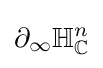
\partial _{\infty }\mathbb {H} _{\mathbb {C} }^{n}